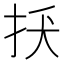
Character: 𢪺